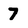
Character: 7